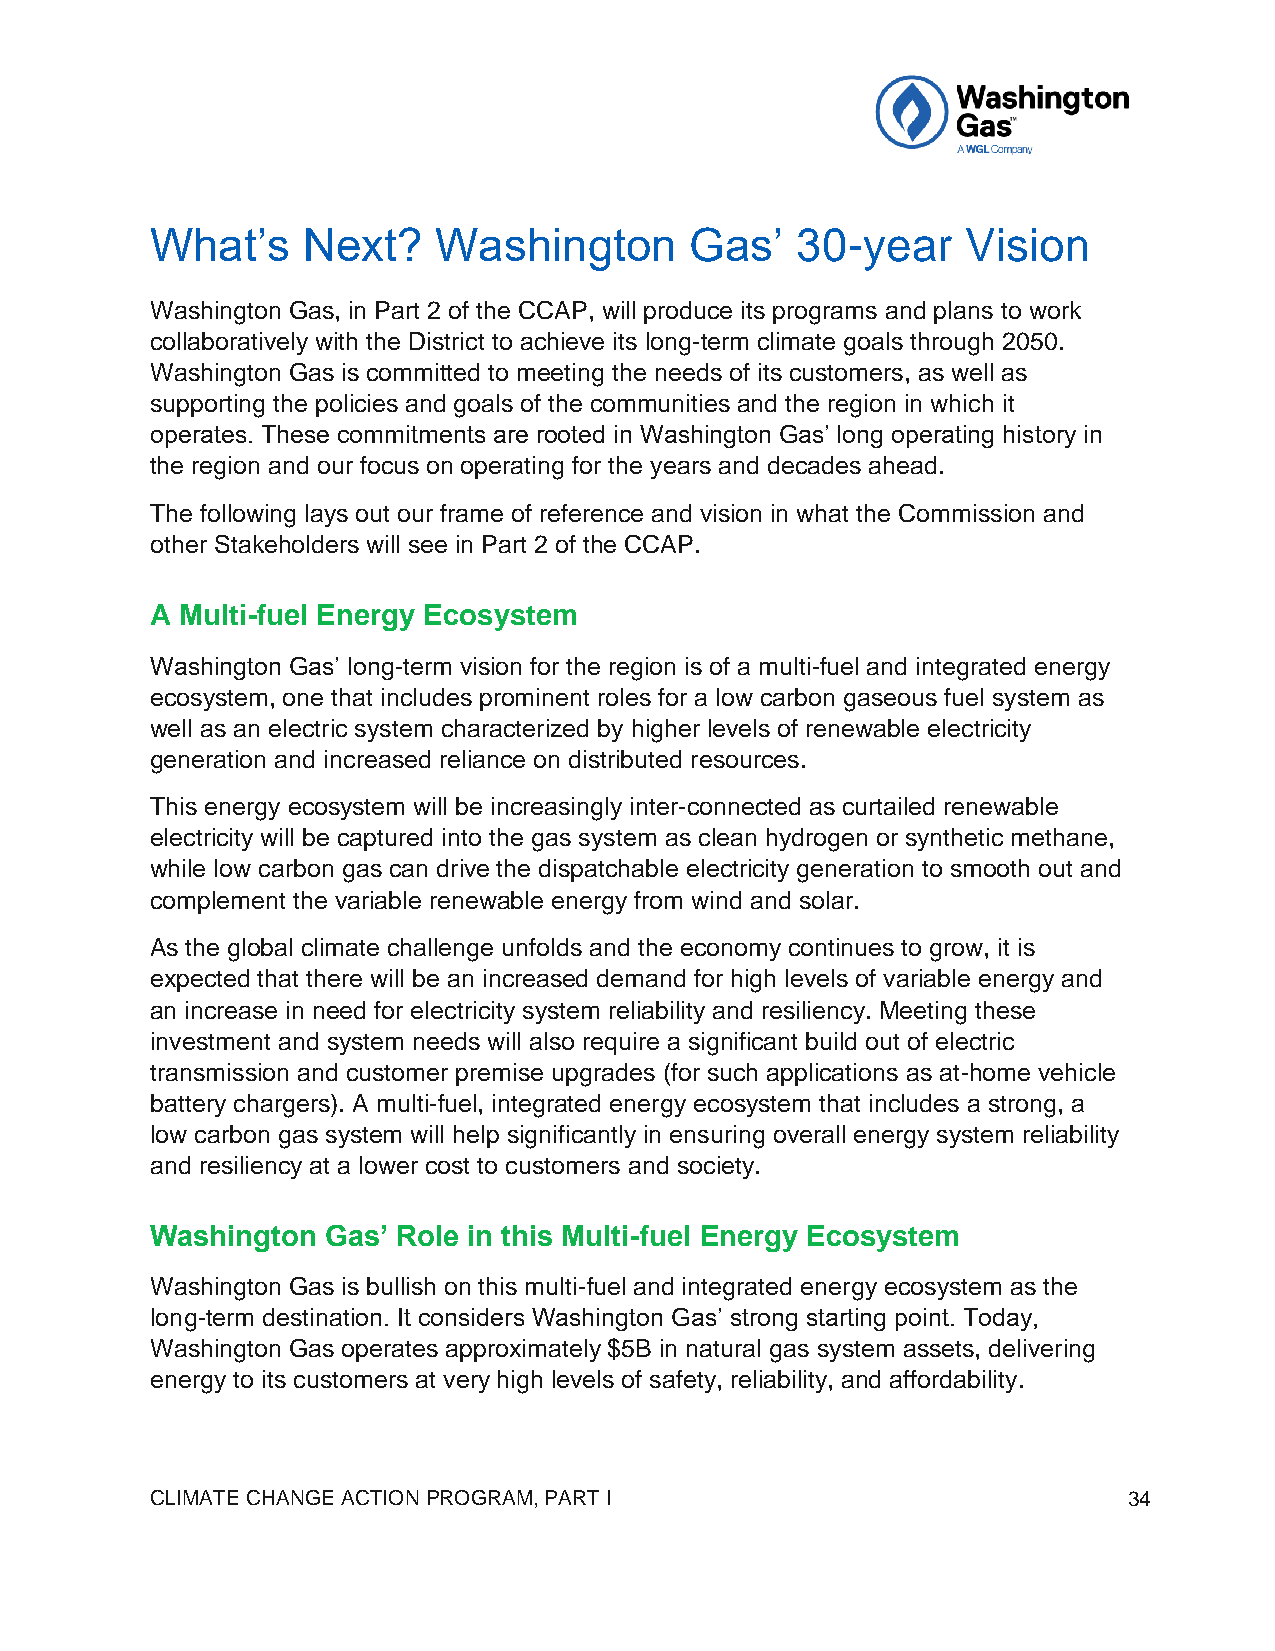
What’s    Next?    Washington       Gas’   30-year    Vision
 Washington Gas, in Part 2 of the CCAP, will produce its programs and plans to work
 collaboratively with the District to achieve its long-term climate goals through 2050.
 Washington Gas is committed to meeting the needs of its customers, as well as
 supporting the policies and goals of the communities and the region in which it
 operates. These commitments are rooted in Washington Gas’ long operating history in
 the region and our focus on operating for the years and decades ahead.
 The following lays out our frame of reference and vision in what the Commission and
 other Stakeholders will see in Part 2 of the CCAP.
 A Multi-fuel Energy Ecosystem
 Washington Gas’ long-term vision for the region is of a multi-fuel and integrated energy
 ecosystem, one that includes prominent roles for a low carbon gaseous fuel system as
 well as an electric system characterized by higher levels of renewable electricity
 generation and increased reliance on distributed resources.
 This energy ecosystem will be increasingly inter-connected as curtailed renewable
 electricity will be captured into the gas system as clean hydrogen or synthetic methane,
 while low carbon gas can drive the dispatchable electricity generation to smooth out and
 complement the variable renewable energy from wind and solar.
 As the global climate challenge unfolds and the economy continues to grow, it is
 expected that there will be an increased demand for high levels of variable energy and
 an increase in need for electricity system reliability and resiliency. Meeting these
 investment and system needs will also require a significant build out of electric
 transmission and customer premise upgrades (for such applications as at-home vehicle
 battery chargers). A multi-fuel, integrated energy ecosystem that includes a strong, a
 low carbon gas system will help significantly in ensuring overall energy system reliability
 and resiliency at a lower cost to customers and society.
 Washington  Gas’ Role in this Multi-fuel Energy Ecosystem
 Washington Gas is bullish on this multi-fuel and integrated energy ecosystem as the
 long-term destination. It considers Washington Gas’ strong starting point. Today,
 Washington Gas operates approximately $5B in natural gas system assets, delivering
 energy to its customers at very high levels of safety, reliability, and affordability.
 CLIMATE CHANGE ACTION PROGRAM, PART I                            34